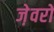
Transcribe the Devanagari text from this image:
जे़वरों